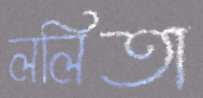
ললিতা